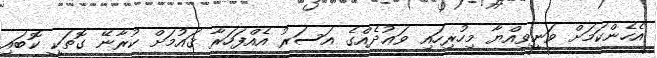
އެހެންކަމަށް ވަނީވިއްޔާ މިހުރިހައި ވަޢުދެއްގެ އަސަރު އެއްފަހަރާ ޤައުމަށް ކުރާނޭ ގޮތަކީ ކޮބައި